Annual report of the Punjab Veterinary College and of the Civil Veterinary Department, Punjab - 1926-1932
Year: 1926
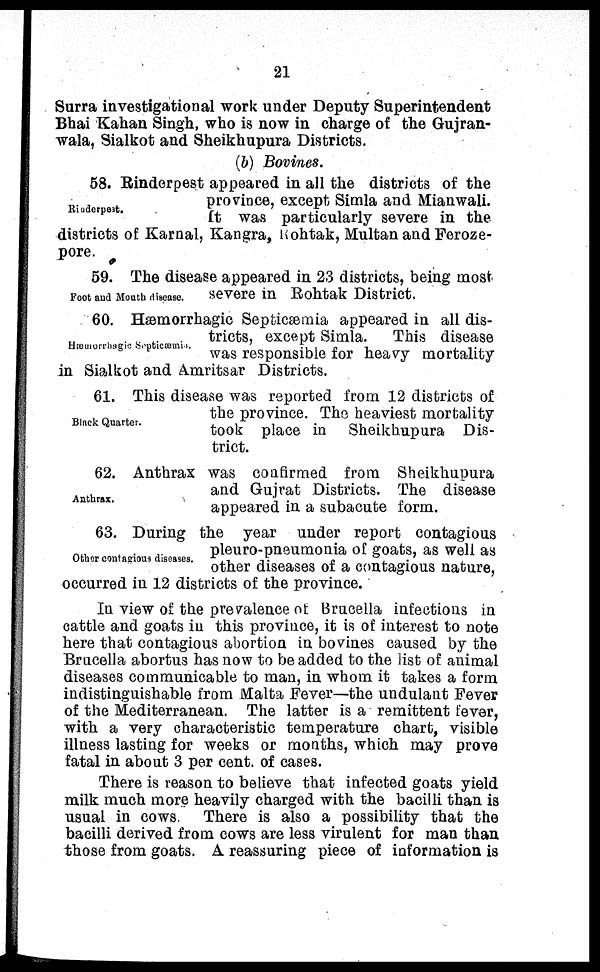
21
Surra investigational work under Deputy Superintendent
Bhai Kahan Singh, who is now in charge of the Gujran-
wala, Sialkot and Sheikhupura Districts.
(b) Bovines.
Rinderpest.
58. Rinderpest appeared in all the districts of the
province, except Simla and Mianwali.
ft was particularly severe in the
districts of Karnal, Kangra, Rohtak, Multan and Feroze-
pore.
Foot and Mouth disease.
59. The disease appeared in 23 districts, being most
severe in Rohtak District.
Hæmorrhagic Septicæmia.
60. Hæmorrhagic Septicæmia appeared in all dis-
tricts, except Simla. This disease
was responsible for heavy mortality
in Sialkot and Amritsar Districts.
Black Quarter.
61. This disease was reported from 12 districts of
the province. The heaviest mortality
took place in Sheikhupura Dis-
trict.
Anthrax.
62. Anthrax was confirmed from Sheikhupura
and Gujrat Districts. The disease
appeared in a subacute form.
Other contagious diseases.
63. During the year under report contagious
pleuro-pneumonia of goats, as well as
other diseases of a contagious nature,
occurred in 12 districts of the province.
In view of the prevalence of Brucella infections in
cattle and goats in this province, it is of interest to note
here that contagious abortion in bovines caused by the
Brucella abortus has now to be added to the list of animal
diseases communicable to man, in whom it takes a form
indistinguishable from Malta Fever—the undulant Fever
of the Mediterranean. The latter is a remittent fever,
with a very characteristic temperature chart, visible
illness lasting for weeks or months, which may prove
fatal in about 3 per cent. of cases.
There is reason to believe that infected goats yield
milk much more heavily charged with the bacilli than is
usual in cows. There is also a possibility that the
bacilli derived from cows are less virulent for man than
those from goats. A reassuring piece of information is